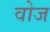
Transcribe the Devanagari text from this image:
वोज